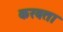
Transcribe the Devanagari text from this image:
करवता